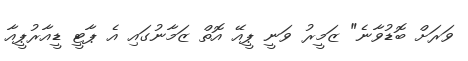
ވަރަށް ބޮޑުވާނެ" ޒަމީރު ވަނީ ޕީއޭ އޮތް ޒަމާނުގައި އެ ޕާޓީ ޑީއާރުޕީއާ